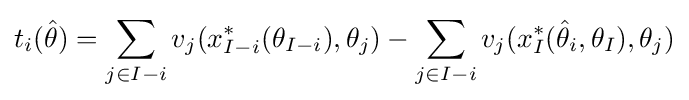
t_{i}({\hat {\theta }})=\sum _{j\in I-i}v_{j}(x_{I-i}^{*}(\theta _{I-i}),\theta _{j})-\sum _{j\in I-i}v_{j}(x_{I}^{*}({\hat {\theta }}_{i},\theta _{I}),\theta _{j})